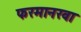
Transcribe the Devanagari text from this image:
फरमानरवा